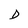
Character: D